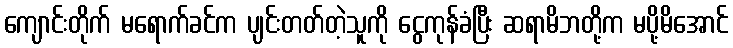
ကျောင်းတိုက် မရောက်ခင်က ပျင်းတတ်တဲ့သူကို ငွေကုန်ခံပြီး ဆရာမိဘတို့က မပို့မိအောင်